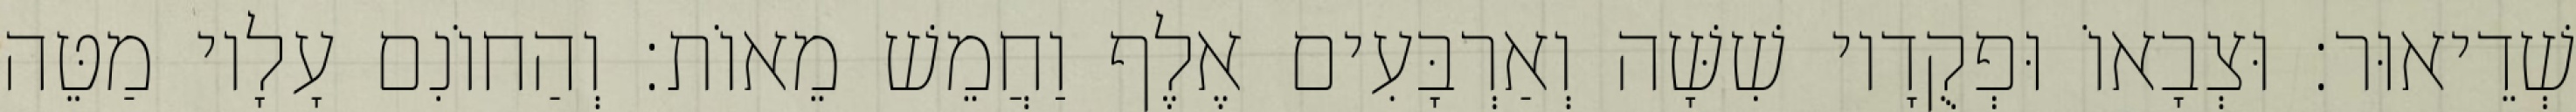
שְׁדֵיאוּר׃ וּצְבָאוֹ וּפְקֻדָיו שִׁשָּׁה וְאַרְבָּעִים אֶלֶף וַחֲמֵשׁ מֵאוֹת׃ וְהַחוֹנִם עָלָיו מַטֵּה